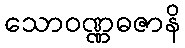
သောဝဏ္ဏဓဇာနိ